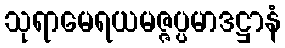
သုရာမေရယမဇ္ဇပ္ပမာဒဋ္ဌာနံ